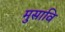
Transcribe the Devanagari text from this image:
मुसावि